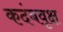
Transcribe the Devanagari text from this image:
कदंबवृक्ष